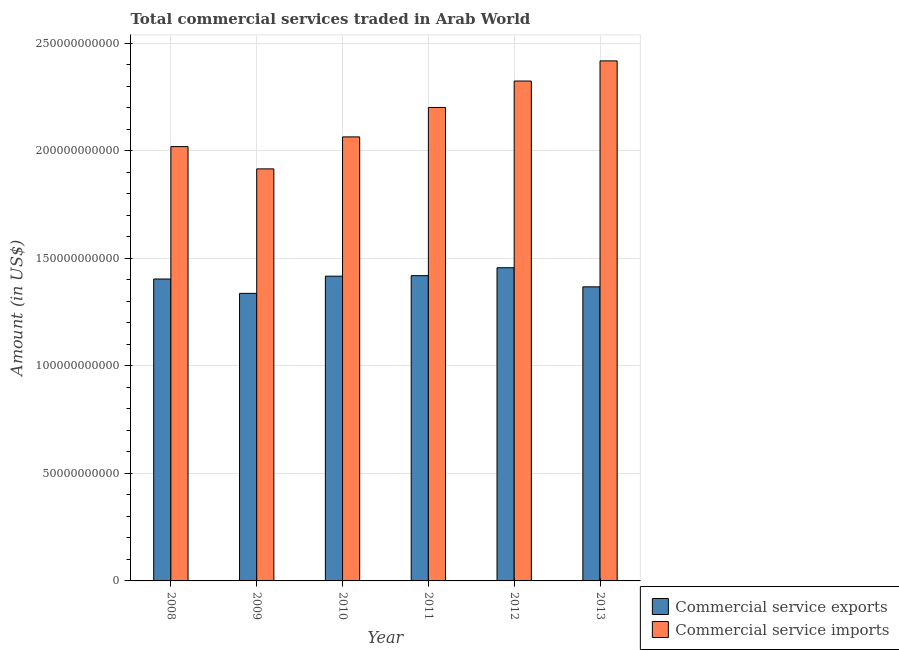
| Year | Commercial service exports | Commercial service imports |
 | --- | --- | --- |
 | 2008 | 1.4e+11 | 2.02e+11 |
 | 2009 | 1.34e+11 | 1.92e+11 |
 | 2010 | 1.42e+11 | 2.06e+11 |
 | 2011 | 1.42e+11 | 2.2e+11 |
 | 2012 | 1.46e+11 | 2.32e+11 |
 | 2013 | 1.37e+11 | 2.42e+11 |